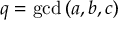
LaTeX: q = \operatorname* { g c d } { ( a , b , c ) }